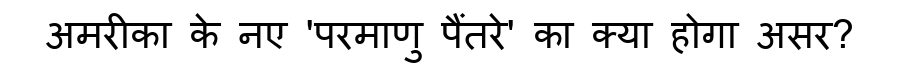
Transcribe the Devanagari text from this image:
अमरीका के नए 'परमाणु पैंतरे' का क्या होगा असर?